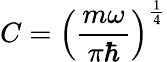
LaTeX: C=\left({\frac{m\omega}{\pi\hbar}}\right)^{\frac{1}{4}}